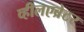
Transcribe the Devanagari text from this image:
व्हीलएब्रेटर